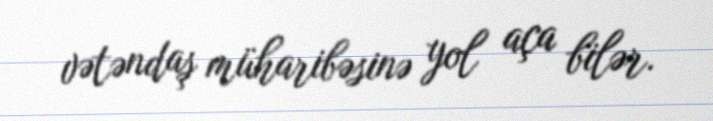
vətəndaş müharibəsinə yol aça bilər.